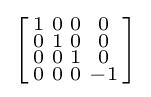
\left[{\begin{smallmatrix}1&0&0&0\\0&1&0&0\\0&0&1&0\\0&0&0&-1\\\end{smallmatrix}}\right]